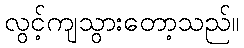
လွင့်ကျသွားတော့သည်။